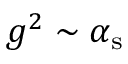
g ^ { 2 } \sim \alpha _ { \mathrm { s } }